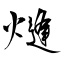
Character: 熢